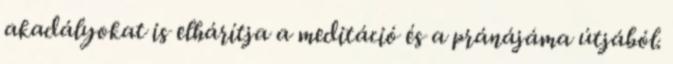
akadályokat is elhárítja a meditáció és a pránájáma útjából.